Civil Veterinary Department Bihar & Orissa reports 1929-36 - 1929-1936
Year: 1929
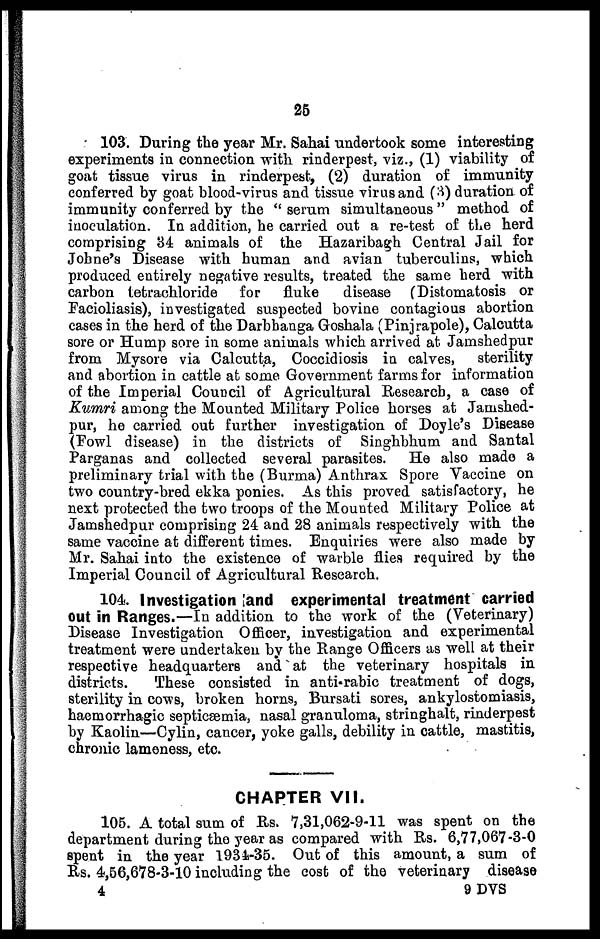
25
103. During the year Mr. Sahai undertook some interesting
experiments in connection with rinderpest, viz., (1) viability of
goat tissue virus in rinderpest, (2) duration of immunity
conferred by goat blood-virus and tissue virus and (3) duration of
immunity conferred by the " serum simultaneous" method of
inoculation. In addition, he carried out a re-test of the herd
comprising 34 animals of the Hazaribagh Central Jail for
Johne's Disease with human and avian tuberculins, which
produced entirely negative results, treated the same herd with
carbon tetrachloride for
fluke
disease (Distomatosis or
Facioliasis), investigated suspected bovine contagious abortion
cases in the herd of the Darbhanga Goshala (Pinjrapole), Calcutta
sore or Hump sore in some animals which arrived at Jamshedpur
from Mysore via Calcutta, Coccidiosis in calves,
sterility
and abortion in cattle at some Government farms for information
of the Imperial Council of Agricultural Research, a case of
Kumri among the Mounted Military Police horses at Jamshed-
pur, he carried out further investigation of Doyle's Disease
(Fowl disease) in the districts of Singhbhum and Santal
Parganas and collected several parasites. He also made a
preliminary trial with the (Burma) Anthrax Spore Vaccine on
two country-bred ekka ponies. As this proved satisfactory, he
next protected the two troops of the Mounted Military Police at
Jamshedpur comprising 24 and 28 animals respectively with the
same vaccine at different times. Enquiries were also made by
Mr. Sahai into the existence of warble flies required by the
Imperial Council of Agricultural Research.
104. Investigation and experimental treatment carried
out in Ranges.—In addition to the work of the (Veterinary)
Disease Investigation Officer, investigation and experimental
treatment were undertaken by the Range Officers as well at their
respective headquarters and at the veterinary hospitals in
districts.
These consisted in anti-rabic treatment of dogs,
sterility in cows, broken horns, Bursati sores, ankylostomiasis,
haemorrhagic septicæmia, nasal granuloma, stringhalt, rinderpest
by Kaolin—Cylin, cancer, yoke galls, debility in cattle, mastitis,
chronic lameness, etc.
CHAPTER VII.
105. A total sum of Rs. 7,31,062-9-11 was spent on the
department during the year as compared with Rs. 6,77,067-3-0
spent in the year l934-35. Out of this amount, a sum of
Rs. 4,56,678-3-10 including the cost of the veterinary disease
4
9 DVS